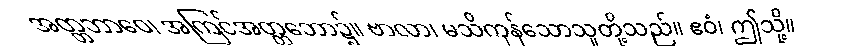
အတ္တဘာဝေ၊ အကြင်အတ္တဘော၌။ ဗာလာ၊ မသိကုန်သောသူတို့သည်။ ဧဝံ၊ ဤသို့။